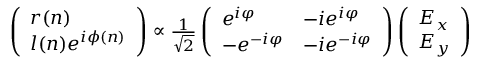
\begin{array} { r } { \left( \begin{array} { l } { r ( n ) } \\ { l ( n ) e ^ { i \phi ( n ) } } \end{array} \right) \propto \frac { 1 } { \sqrt { 2 } } \left( \begin{array} { l l } { e ^ { i \varphi } } & { - i e ^ { i \varphi } } \\ { - e ^ { - i \varphi } } & { - i e ^ { - i \varphi } } \end{array} \right) \left( \begin{array} { l } { E _ { x } } \\ { E _ { y } } \end{array} \right) } \end{array}